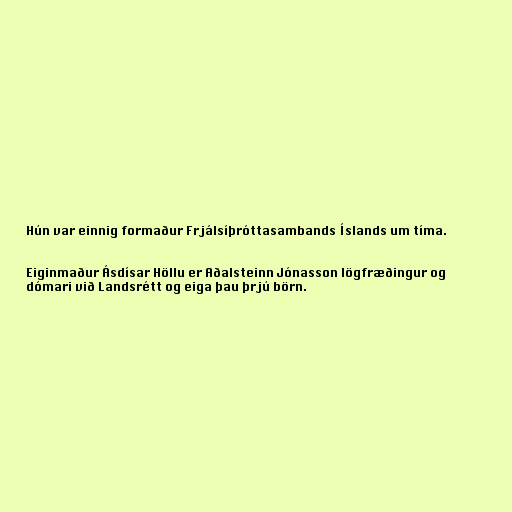
Hún var einnig formaður Frjálsíþróttasambands Íslands um tíma.

Eiginmaður Ásdísar Höllu er Aðalsteinn Jónasson lögfræðingur og
dómari við Landsrétt og eiga þau þrjú börn.